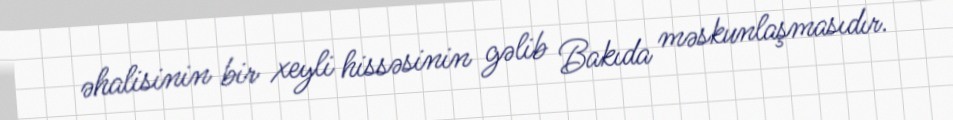
əhalisinin bir xeyli hissəsinin gəlib Bakıda məskunlaşmasıdır.